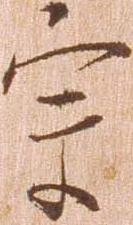
宗